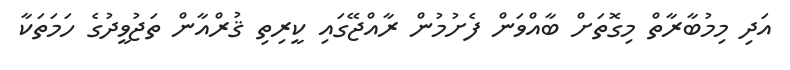
އަދި މިމުބާރާތް މިގޮތަށް ބާއްވަން ފެށުމުން ރާއްޖޭގައި ކީރިތި ޤުރްއާން ތަޖުވީދުގެ ހަމަތަކާ